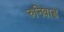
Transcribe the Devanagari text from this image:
रुनिवाड